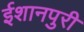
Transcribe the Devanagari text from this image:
ईशानपुरी